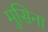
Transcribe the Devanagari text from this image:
मुसिना